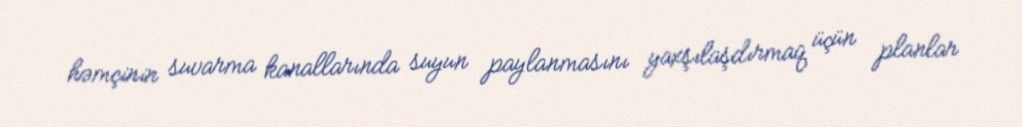
həmçinin suvarma kanallarında suyun paylanmasını yaxşılaşdırmaq üçün planlar